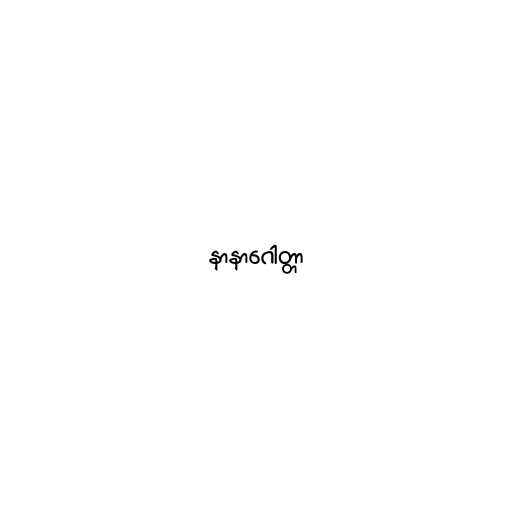
နာနာဂေါတ္တာ